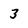
Character: 3